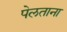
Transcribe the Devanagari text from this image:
पेलताना